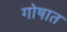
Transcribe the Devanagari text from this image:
गोषात